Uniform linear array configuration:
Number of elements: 32
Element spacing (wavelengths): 0.5
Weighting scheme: kaiser
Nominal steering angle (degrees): -15
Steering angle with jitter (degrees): -15.44
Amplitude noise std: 0.05
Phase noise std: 0.05

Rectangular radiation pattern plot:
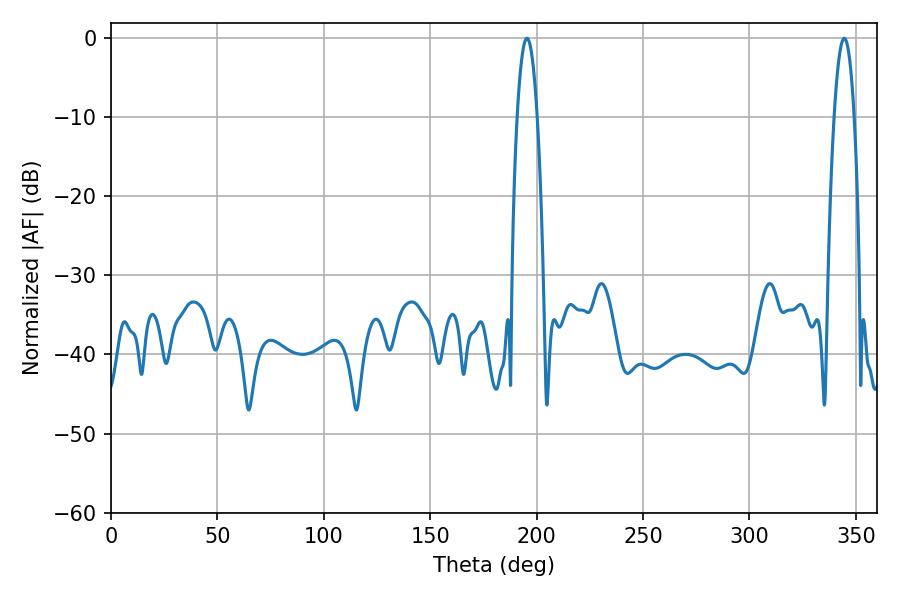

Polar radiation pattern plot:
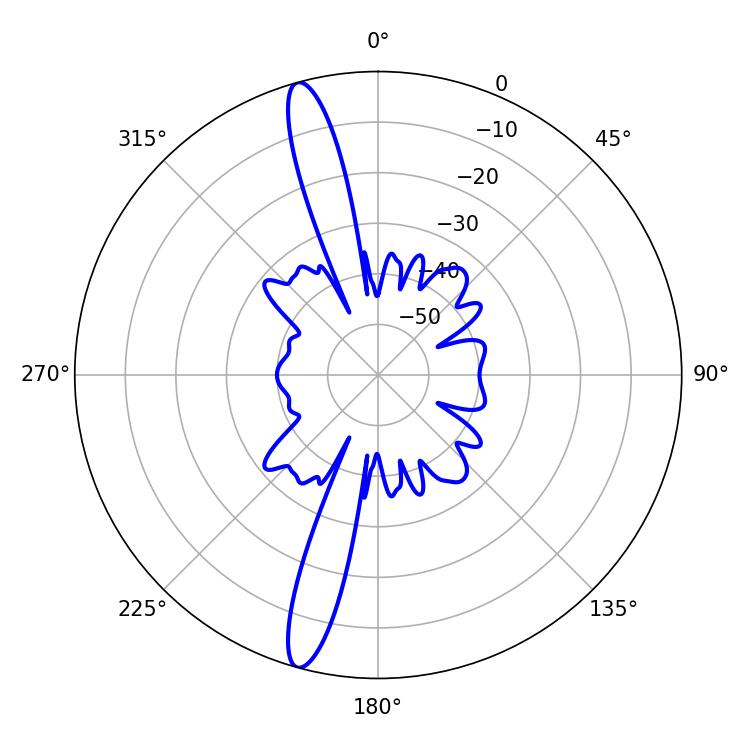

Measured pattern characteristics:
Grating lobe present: FALSE
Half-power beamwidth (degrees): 5.04
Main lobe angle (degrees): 195.48